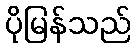
ပိုမြန်သည်